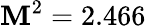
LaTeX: \mathbf{M}^{2}=2.466